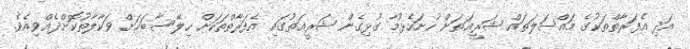
އަދި އެފަރާތްތަކުގެ މައްސަލަތައް ޝަރީޢަތަށް ހުށަހެޅުމާ ގުޅިގެން ޝަރީޢަތުގައި އެފަރާތްތަކަށް ހިލޭސާބަހަށް ވަކާލާތުކޮށްދެއްވިއެވެ.